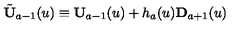
\tilde { \bf U } _ { a - 1 } ( u ) \equiv { \bf U } _ { a - 1 } ( u ) + h _ { a } ( u ) { \bf D } _ { a + 1 } ( u )